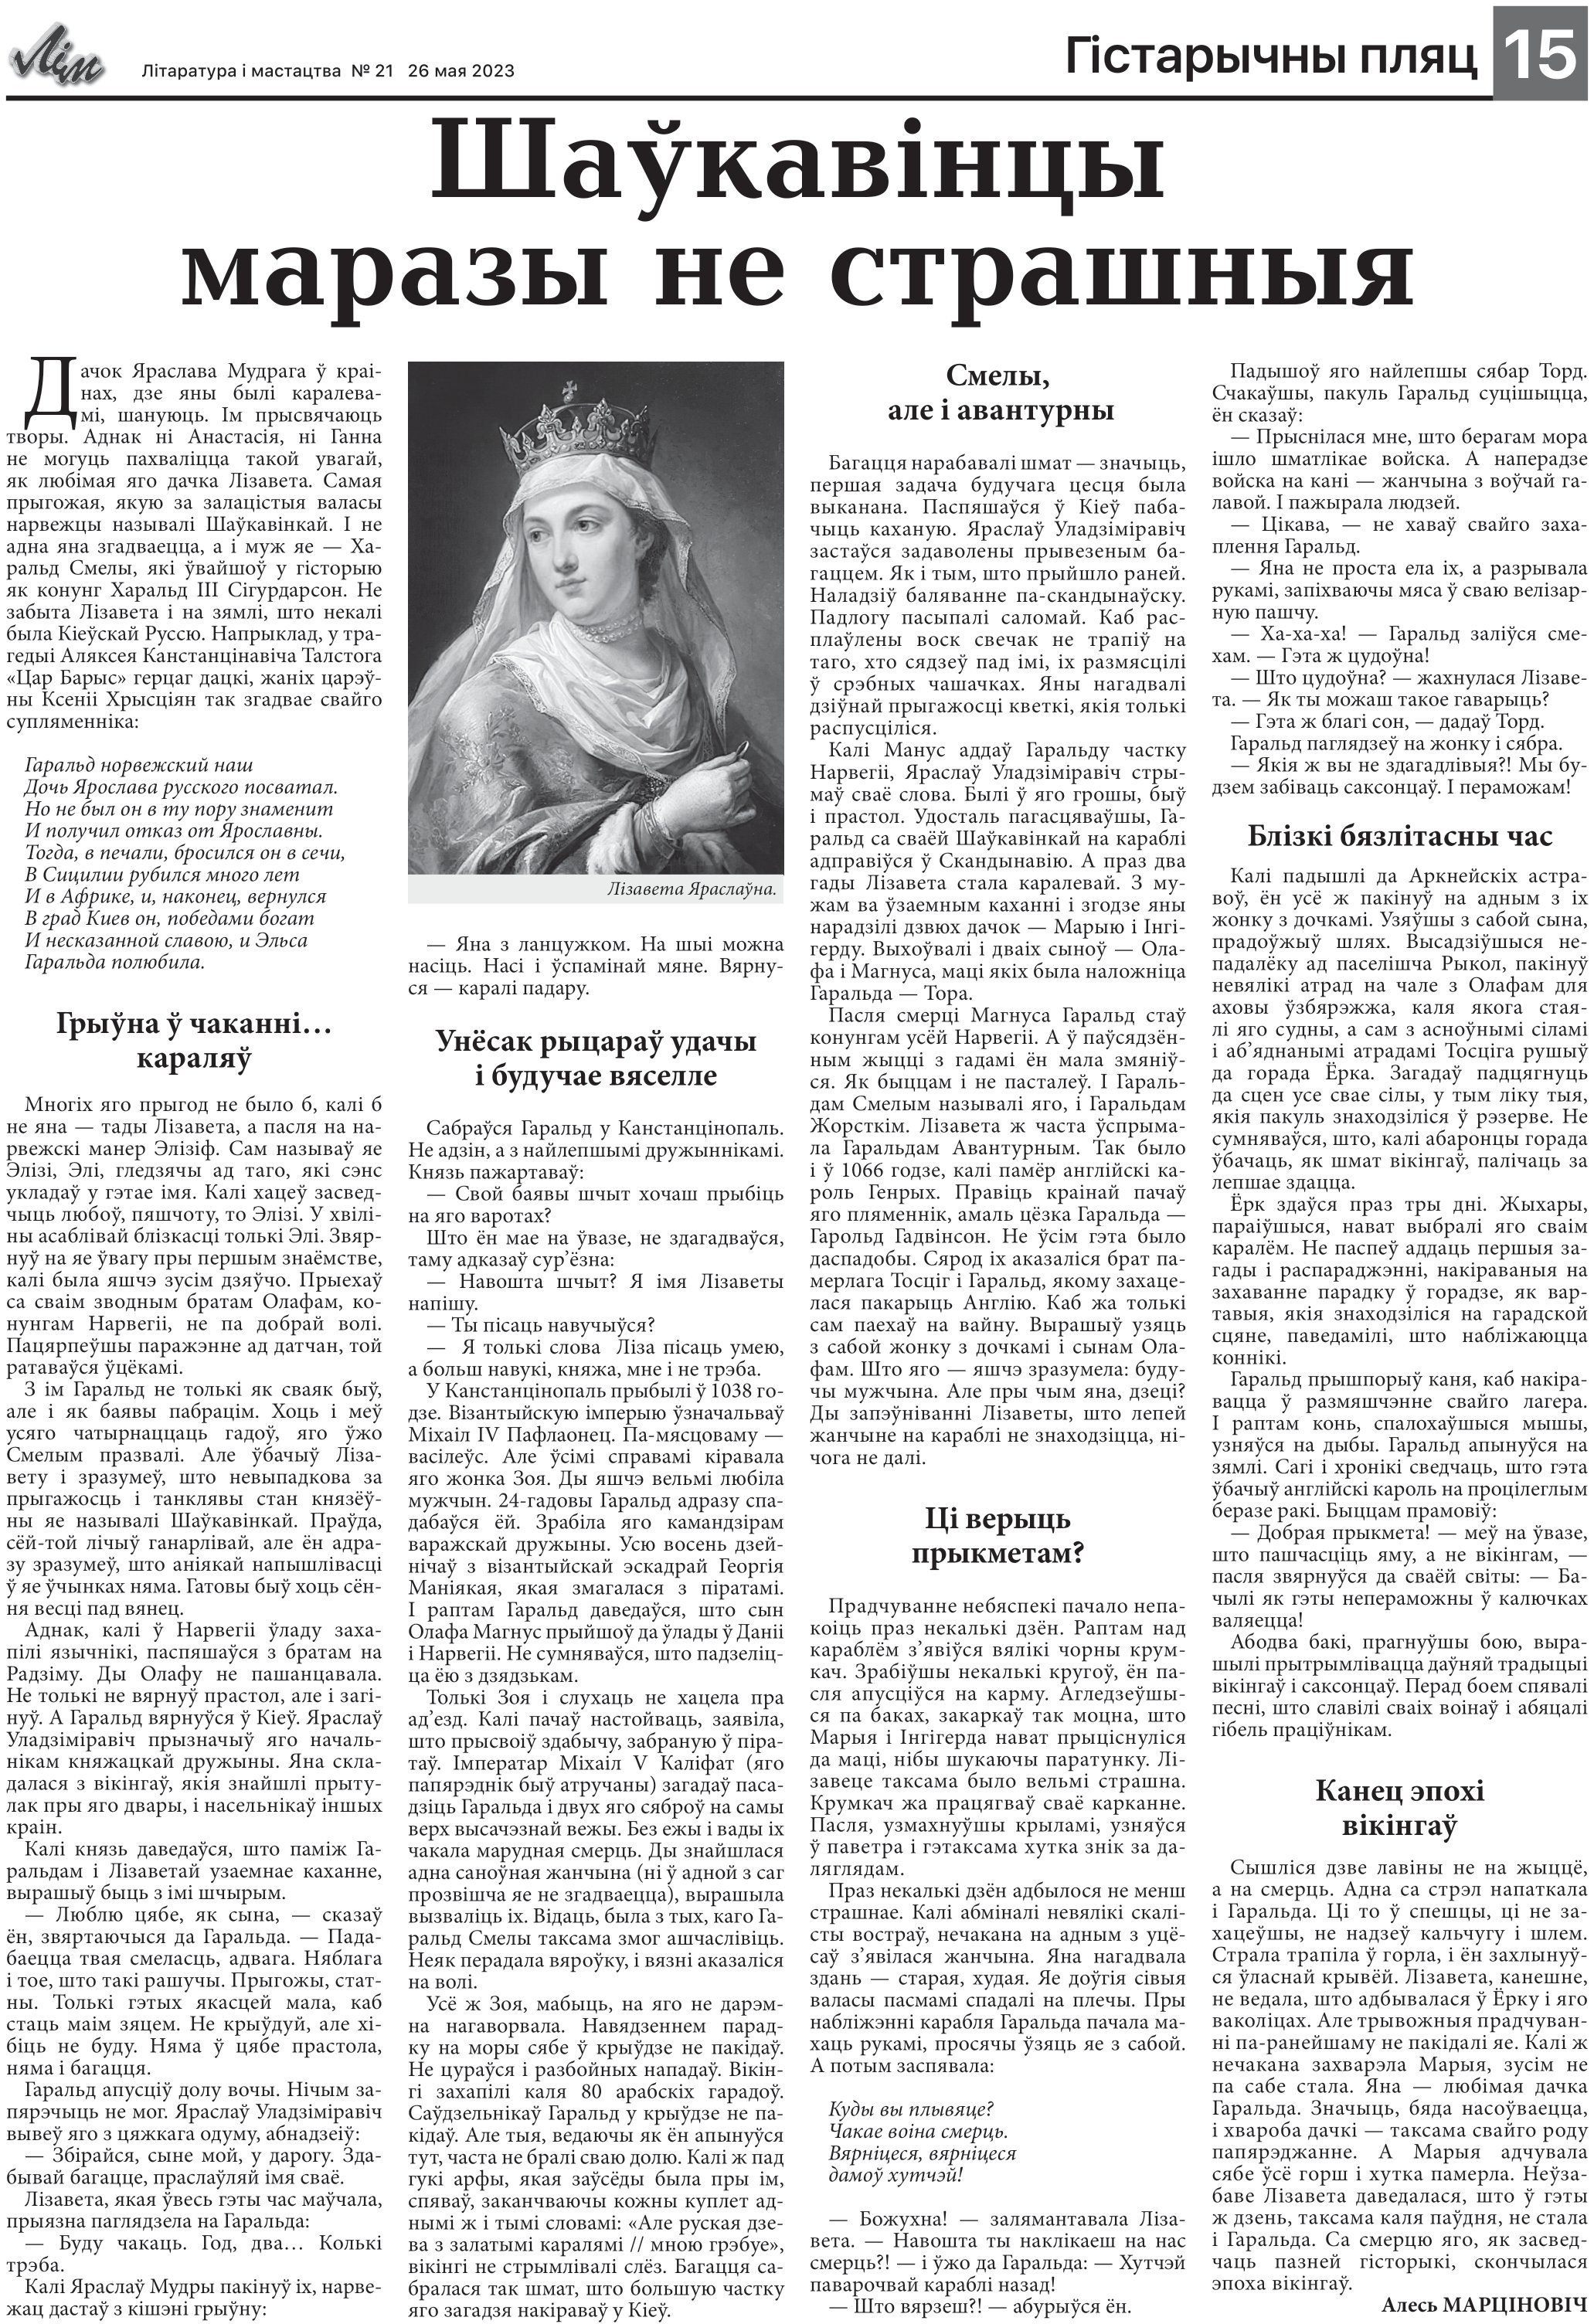
Language: be